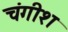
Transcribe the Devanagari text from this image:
चंगीश